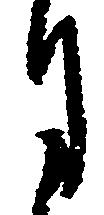
月